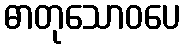
ဓာတုသောဝပေ